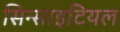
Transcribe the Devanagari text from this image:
सिन्साइटियल